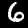
Digit: 6